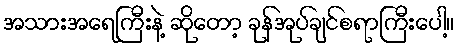
အသားအရေကြီးနဲ့ ဆိုတော့ ခုန်အုပ်ချင်စရာကြီးပေါ့။